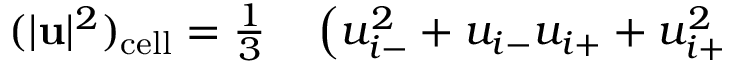
\begin{array} { r l } { ( | \mathbf { u } | ^ { 2 } ) _ { \mathrm { c e l l } } = \frac { 1 } { 3 } } & { { } \left( u _ { i - } ^ { 2 } + u _ { i - } u _ { i + } + u _ { i + } ^ { 2 } \right. } \end{array}